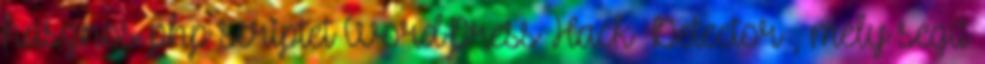
hasznos php scriptet WordPress Hack Detector , mely segít